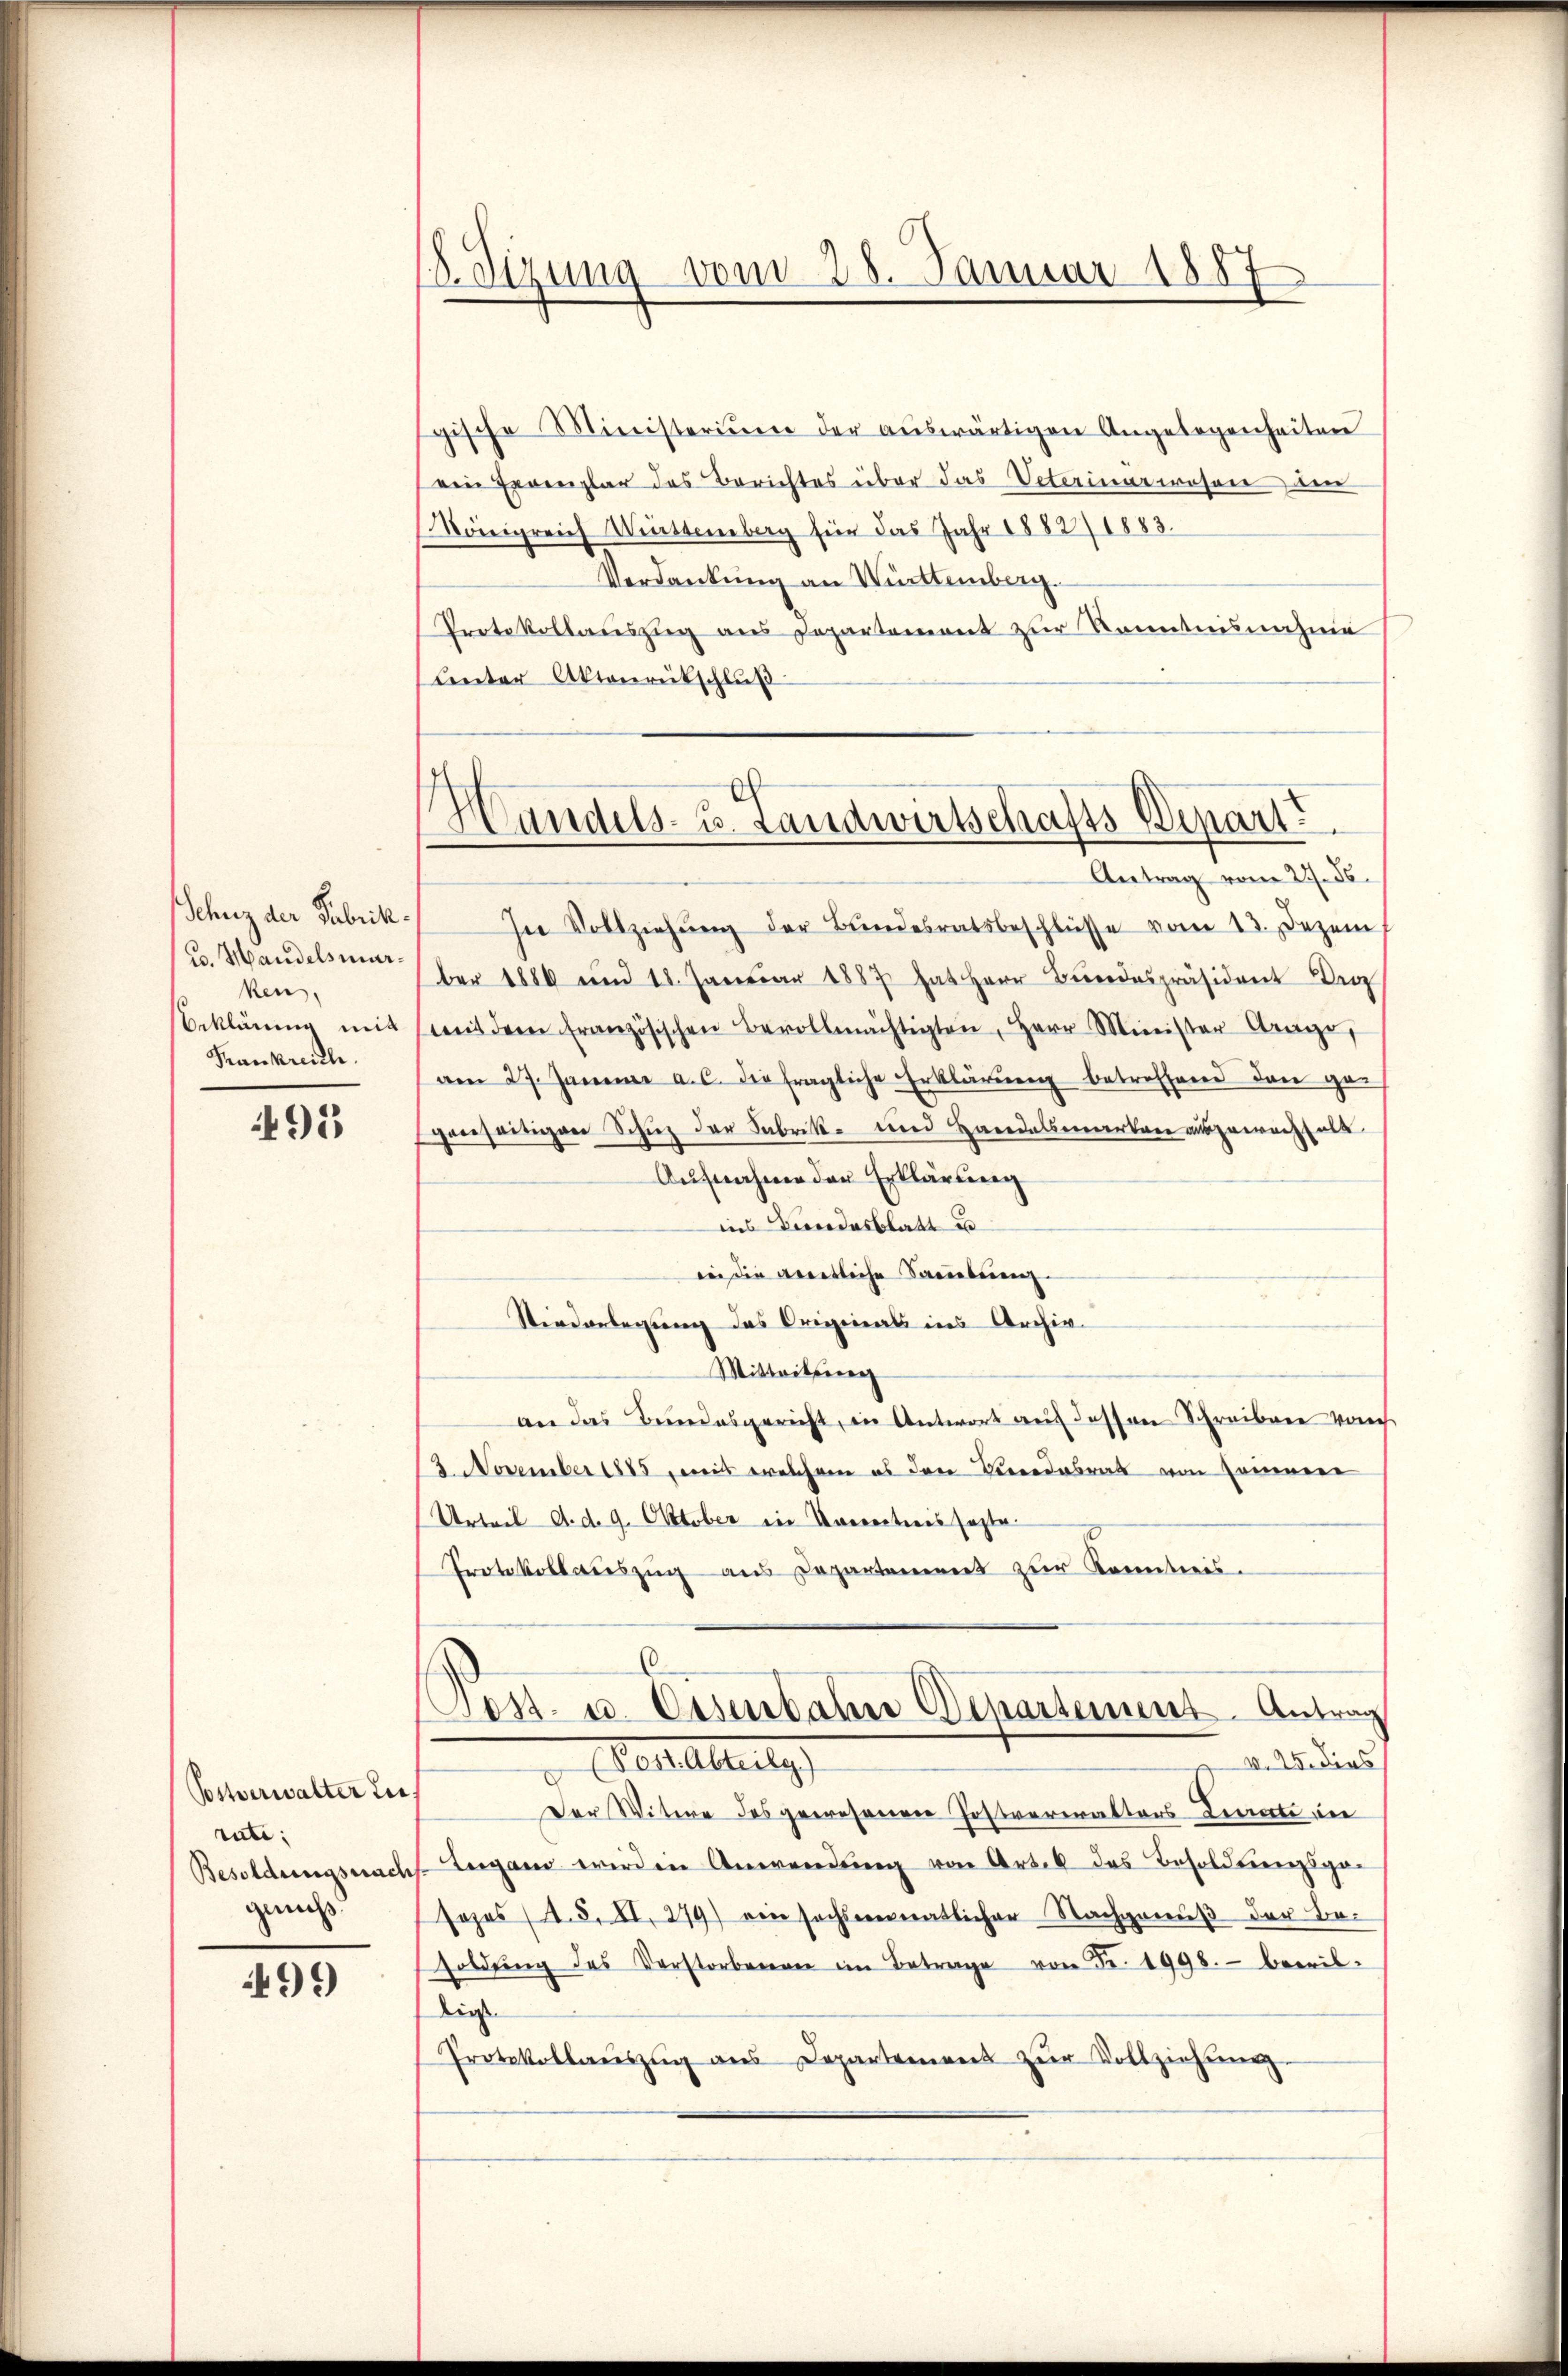
chuz der Fabrik.
u. Handelsmarken,
eklärung mit
Frankreich.

91

Postverwalter die
rute;
Besoldungsnach
genuß

499

D. Sizung vom 28. Januar 1887

gische Ministerium der aŭswärtigen Angelegenheitere
ein Exemplar des Berichtes über das Veterinarwesen de
Königreich Wissenberg für das Jahr 1882/1883.
Verdankung an Württemberg.
Protokollauszug aus Departement zur Kenntnisnahme
lenter Aktenrückschluß

Handels- u. Landwirtschafts Depart
Antrag vom 27. ds.

In Vollziehŭng der Bundesratsbeschlüsse vom 13. Dezem
ber 1880 und 18. Januar 1887 hat Herr Bŭndespräsident Dr
mit dem französischen Bevollmächtigten, Herr Minister Frage,
am 27. Januar a. c. die fragliche Erklärŭng betroffend dann ge-
genseitigen Schuz der Fabrik- und Handelsverten auszuwachhalt
Aufnahme der Erklärung
ins Bindesblatt u
inn die amentliche Faciebung.
Niederlegung des Originals ins Archiv.
Mitteitung
an das Bundesgericht, in Antwort auf dessen Schreiben von
13. November 1885, mit welchem es den Verredesrath von seiner
Urteil d. d. 9. Oktober in Vorrections sagte.
Protokollauszug aus Departement zur Kenntnis.
Jos. u. Eisenbahn Departement Antrag
v. M. dies
 Abtretung
Der Witwe des gewesenen Postveriraltors-Linierte die
Lugano wird in Anwendung von Artik des Besoldungspo¬
Josos (d. 8. XI. 279) ein sechsenmatlicher Nachgenuß der Besoldŭng des Verstorbenen im Betrage von Fr. 1998. - bewildies
Protokollaŭszŭg ans Departemens zŭr Vollziehŭng